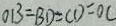
O B = B D = C D = O C